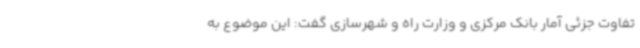
تفاوت جزئی آمار بانک مرکزی و وزارت راه و شهرسازی گفت: این موضوع به